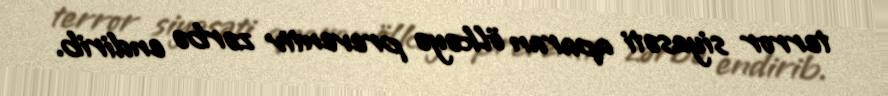
terror siyasəti aparan ölkəyə preventiv zərbə endirib.